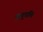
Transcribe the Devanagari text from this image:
वाहुवलि